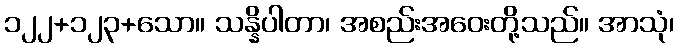
၁၂၂+၁၂၃+သော။ သန္နိပါတာ၊ အစည်းအဝေးတို့သည်။ အာသုံ၊